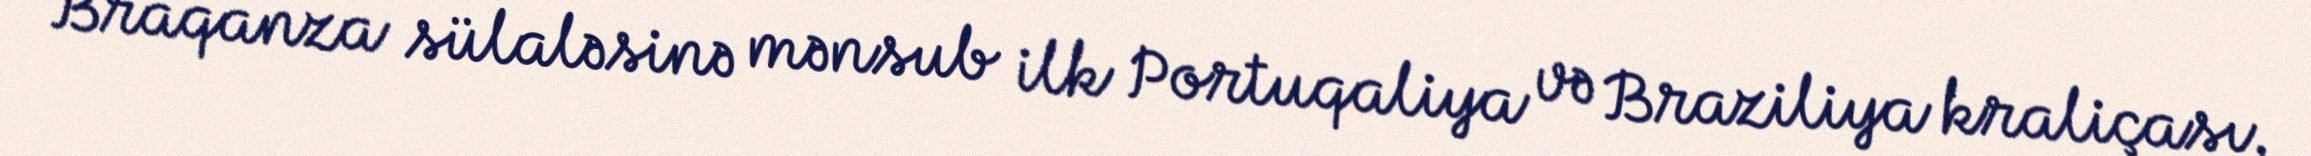
Braqanza sülaləsinə mənsub ilk Portuqaliya və Braziliya kraliçası.